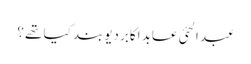
عبد الحئی عابد اکابر دیوبند کیا تھے ؟